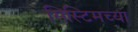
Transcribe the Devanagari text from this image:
सिस्टिमच्या